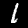
Label: 1